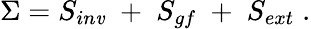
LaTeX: \Sigma=S_{in\mathit{v}}\; +\; S_{gf}\; +\; S_{ext}\; .